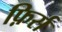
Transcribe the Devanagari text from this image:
फ़िर्स